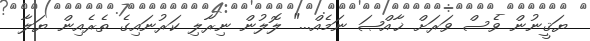
ޔަޤީނުން ވެސް ވަރަށް ޚާއްޞަ ނަމެއް..." ލޮލުން ނިރާލި ކަރުނައިގެ ތެރެއިން ޔަލާ